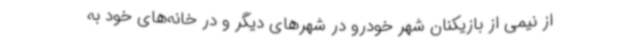
از نیمی از بازیکنان شهر خودرو در شهرهای دیگر و در خانه‌های خود به